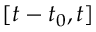
[ t - t _ { 0 } , t ]